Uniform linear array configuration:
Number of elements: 32
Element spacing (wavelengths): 0.75
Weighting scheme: blackman
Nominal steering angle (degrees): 45
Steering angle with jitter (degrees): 44.551
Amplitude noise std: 0.05
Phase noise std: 0.05

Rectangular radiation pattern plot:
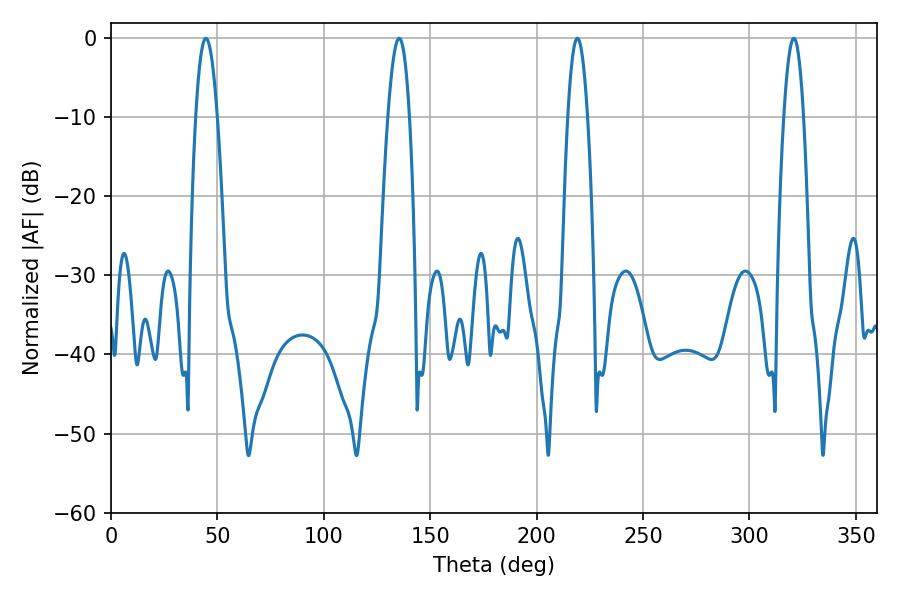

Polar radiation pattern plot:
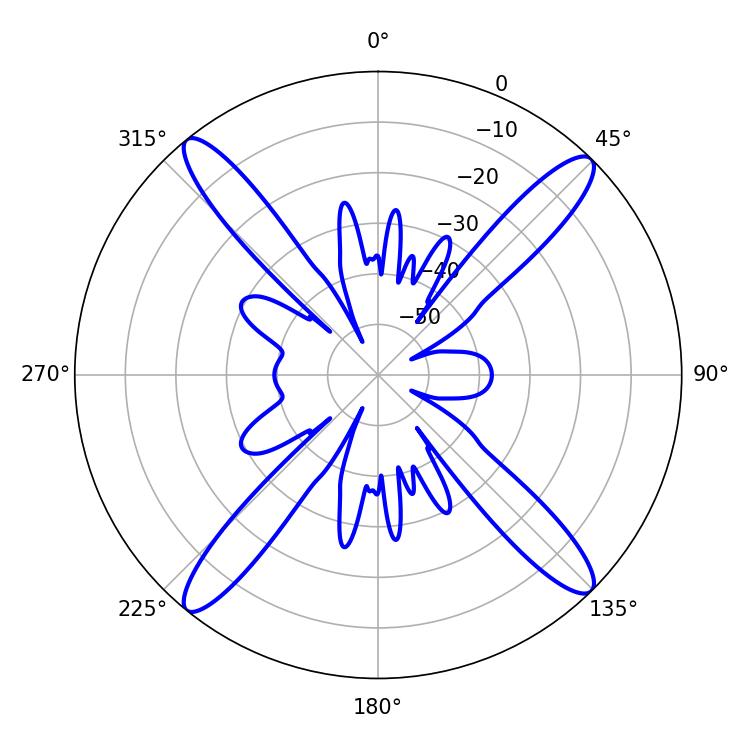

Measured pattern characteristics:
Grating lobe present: TRUE
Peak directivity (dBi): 18.878
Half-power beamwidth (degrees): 5.58
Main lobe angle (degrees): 44.64